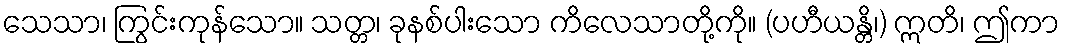
သေသာ၊ ကြွင်းကုန်သော။ သတ္တ၊ ခုနစ်ပါးသော ကိလေသာတို့ကို။ (ပဟီယန္တိ၊) ဣတိ၊ ဤကာ